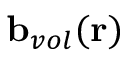
\mathbf { b } _ { v o l } ( \mathbf { r } )